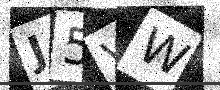
Text: J5VW